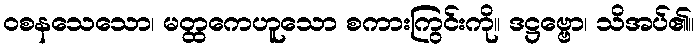
ဝစနသေသော၊ မတ္ထကေဟူသော စကားကြွင်းကို။ ဒဋ္ဌဗ္ဗော၊ သိအပ်၏။